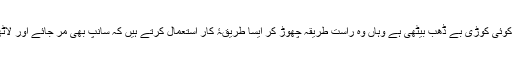
اور جہاں ان کی کوئی کوڑی بے ڈھب بیٹھی ہے وہاں وہ راست طریقہ چھوڑ کر ایسا طریقۂ کار استعمال کرتے ہیں کہ سانپ بھی مر جائے اور لاٹھی بھی نہ ٹوٹے۔